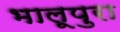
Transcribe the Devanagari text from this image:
भालूपुरा